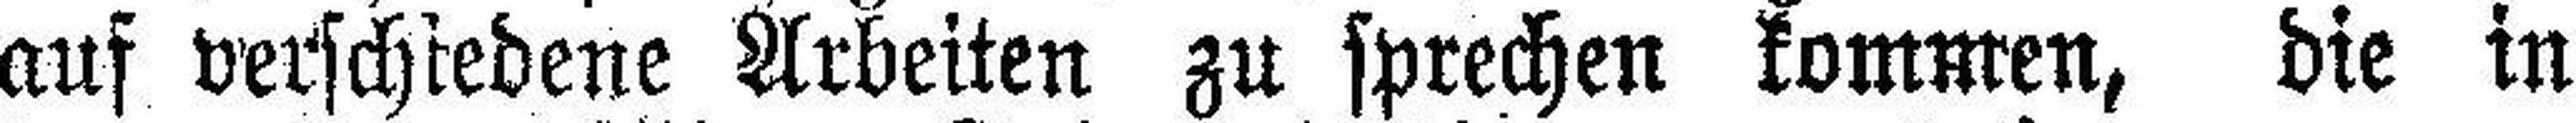
auf verschiedene Arbeiten zu sprechen kommen, die in